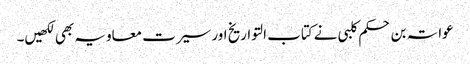
عواتہ بن حکم کلبی نے کتاب التواریخ اور سیرت معاویہ بھی لکھیں۔